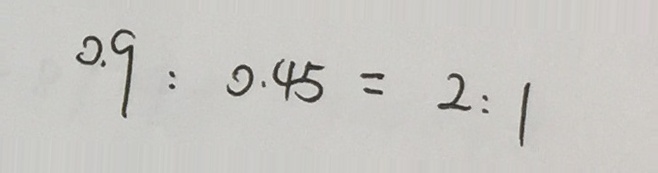
0 . 9 : 0 . 4 5 = 2 : 1